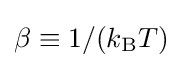
\beta \equiv 1/(k_{\text{B}}T)